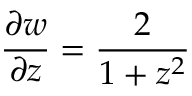
\frac { \partial w } { \partial z } = \frac { 2 } { 1 + z ^ { 2 } }